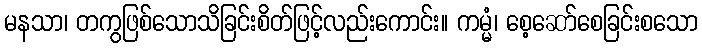
မနသာ၊ တကွဖြစ်သောသိခြင်းစိတ်ဖြင့်လည်းကောင်း။ ကမ္မံ၊ စေ့ဆော်စေခြင်းစသော